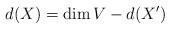
LaTeX: \begin{align*}d(X)= \dim V - d(X')\end{align*}